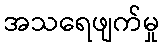
အသရေဖျက်မှု